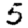
Digit: 5